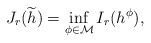
LaTeX: \begin{align*}J_r(\widetilde h) = \inf_{\phi \in \mathcal{M}} I_r(h^\phi),\end{align*}